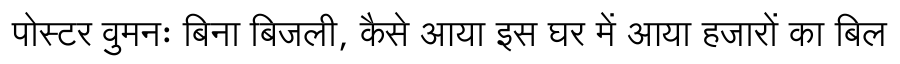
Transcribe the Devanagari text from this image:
पोस्टर वुमनः बिना बिजली, कैसे आया इस घर में आया हजारों का बिल